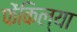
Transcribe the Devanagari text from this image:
फेंकिल्या